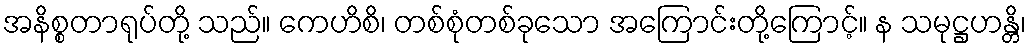
အနိစ္စတာရုပ်တို့ သည်။ ကေဟိစိ၊ တစ်စုံတစ်ခုသော အကြောင်းတို့ကြောင့်။ န သမုဋ္ဌဟန္တိ၊